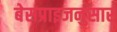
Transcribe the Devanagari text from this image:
बेसप्राइजनुसार